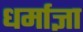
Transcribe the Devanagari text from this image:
धर्माज्ञा